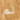
لم